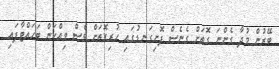
ބޭރުން މުދާ ގެންނަ ގޮތަށް ގެނެސް ފޮށިގަނޑުގައި ހުރިގޮތަށް ވެސް ވިއްކަން ބަހައްޓާފައި